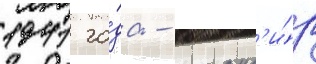
1941 го́да - команд'и́р